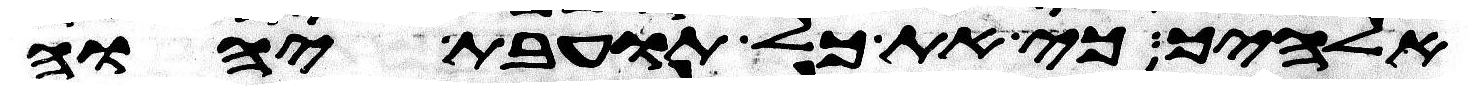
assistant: אלהיך כי את כל תועבת יהוה